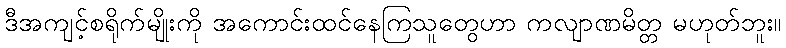
ဒီအကျင့်စရိုက်မျိုးကို အကောင်းထင်နေကြသူတွေဟာ ကလျာဏမိတ္တ မဟုတ်ဘူး။